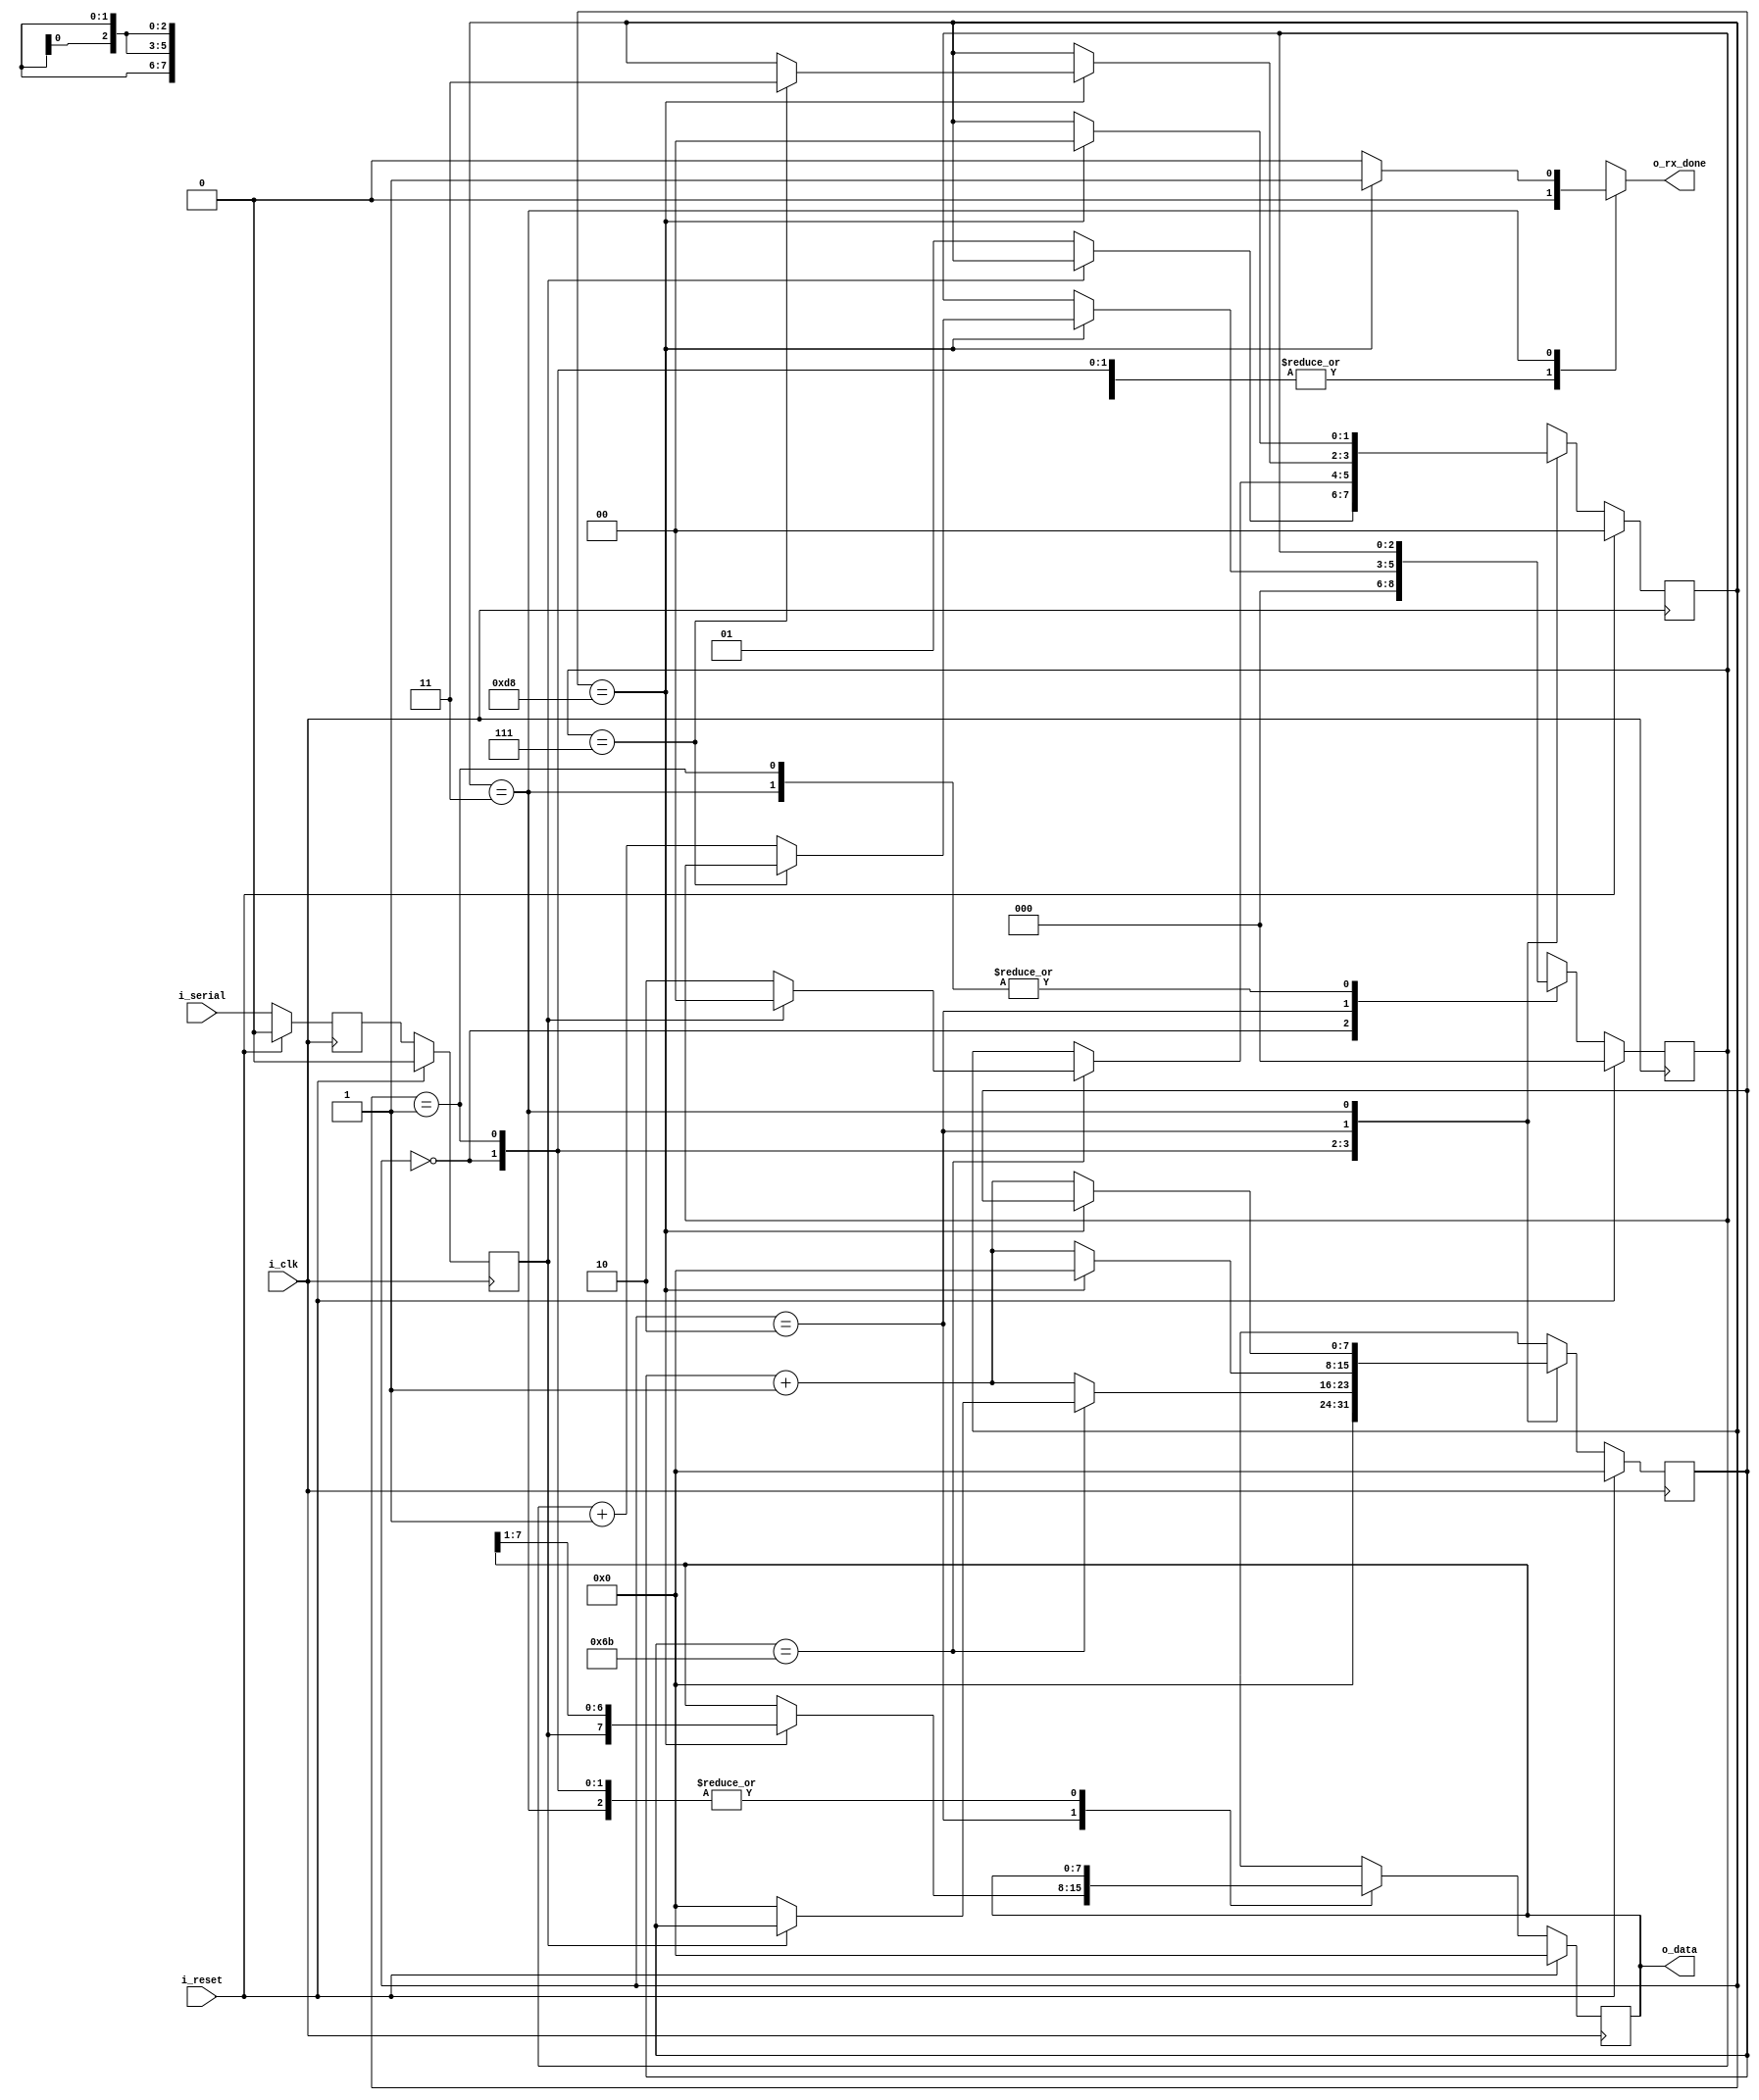
//UART Receiver
//Simple UART Rx that uses 8 data bits, 1 start bit, 1 stop bit, no parity
//Default operation is 115200 baud
//25 MHz clock
// o_rx_done asserts for one clock cycle when rs data is ready to be sampled

module UART_RX #(parameter CLK_FREQ=25000000,
                 parameter BAUD_RATE=115200)
  (input i_clk,i_reset,i_serial,
   output [7:0] o_data,
   output o_rx_done);
  
  localparam CLKS_PER_BAUD = (CLK_FREQ/BAUD_RATE);
  localparam BC_MAX_WIDTH = $clog2(CLKS_PER_BAUD);
  
  localparam IDLE = 2'b00, START = 2'b01,
             DATA = 2'b10, STOP = 2'b11;
  
  reg ff_sync,serial_sync;
  reg [1:0] r_fsm,fsm_next;
  reg [BC_MAX_WIDTH-1:0] r_baud,baud_next;
  reg [2:0] r_bit,bit_next;
  reg [7:0] r_data,data_next;
  reg done;
  
  always @ (posedge i_clk)
    if(i_reset)
      begin
        ff_sync <= 0;
        serial_sync <= 0;
        r_fsm <= IDLE;
        r_baud <= 0;
        r_bit <= 0;
        r_data <= 0;
      end
    else
      begin
        ff_sync <= i_serial;
        serial_sync <= ff_sync;
        r_fsm <= fsm_next;
        r_baud <= baud_next;
        r_bit <= bit_next;
        r_data <= data_next;
      end
  
  always @ (*)
    begin
      fsm_next = r_fsm;
      baud_next = r_baud;
      bit_next = r_bit;
      data_next = r_data;
      done = 1'b0;
      
      case (r_fsm)
        IDLE:
          begin
            baud_next=0;
            bit_next=0;
            if(serial_sync == 1'b0)
              fsm_next = START;
          end
        
        START:
          if(r_baud == (CLKS_PER_BAUD/2 - 1))
             if(serial_sync == 1'b0)
               begin
                 fsm_next = DATA;
                 baud_next = 0;
               end
             else
               fsm_next = IDLE;
          else
             baud_next = r_baud + 1;
        
        DATA:
          if(r_baud == (CLKS_PER_BAUD-1))
            begin
              if(r_bit == 7)
                begin
                  fsm_next = STOP;
                  data_next = {serial_sync,r_data[7:1]};
                  baud_next = 0;
                end
              else
                begin
                  bit_next = r_bit + 1;
                  data_next = {serial_sync,r_data[7:1]};
                  baud_next = 0;  
                end
            end
          else
            baud_next = r_baud + 1;
          
             
        
        STOP:
          if(r_baud == CLKS_PER_BAUD - 1)
            begin
              fsm_next = IDLE;
              done = 1'b1;
            end
          else
            baud_next = r_baud + 1;
        
        default:
          fsm_next = IDLE;
        
      endcase
      
    end
  
  assign o_rx_done = done;
  assign o_data = r_data;
  
endmodule